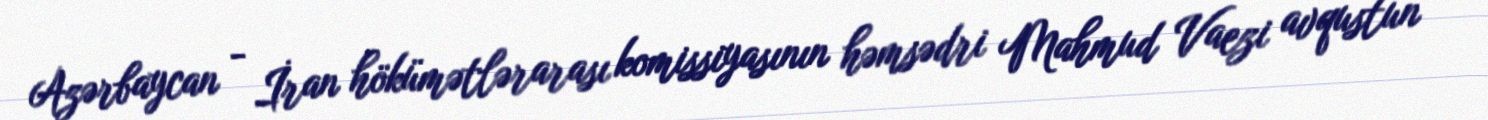
Azərbaycan - İran hökümətlərarası komissiyasının həmsədri Mahmud Vaezi avqustun